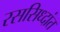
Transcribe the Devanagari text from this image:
रससिध्दांत